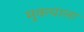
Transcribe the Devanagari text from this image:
मुक्त्याला